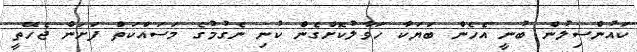
ކައުންސިލުން ބުނީ އެހެން ބަޔަކާ ހަވާލުކޮށްގެން ކުނި ނެގުމުގެ މަސައްކަތް ފަށަން ޖެހޭތީ